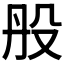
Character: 𣪂